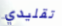
تقليدي